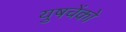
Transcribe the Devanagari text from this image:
युषचेंको